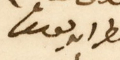
المطران يوسف